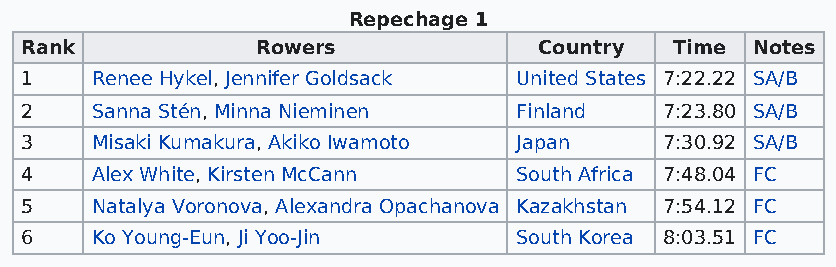
Repechage 1
 Rank            Rowers             Country  Time Notes
 1    Renee Hykel, Jennifer Goldsack United States 7:22.22 SA/B
 2    Sanna Stén, Minna Nieminen  Finland   7:23.80 SA/B
 3    Misaki Kumakura, Akiko Iwamoto Japan  7:30.92 SA/B
 4    Alex White, Kirsten McCann  South Africa 7:48.04 FC
 5    Natalya Voronova, Alexandra Opachanova Kazakhstan 7:54.12 FC
 6    Ko Young-Eun, Ji Yoo-Jin    South Korea 8:03.51 FC